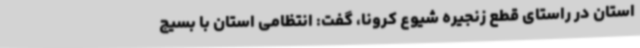
استان در راستای قطع زنجیره شیوع کرونا، گفت: انتظامی استان با بسیج